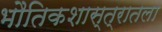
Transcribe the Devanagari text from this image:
भौतिकशास्त्रातला